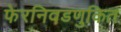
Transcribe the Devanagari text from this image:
फेरनिवडणुकित